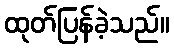
ထုတ်ပြန်ခဲ့သည်။